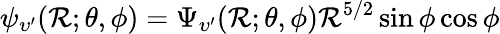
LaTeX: \psi_{\upsilon^{\prime}}(\mathcal{R};\theta,\phi)=\Psi_{\upsilon^{\prime}}(\mathcal{R};\theta,\phi)\mathcal{R}^{5/2}\sin\phi\cos\phi